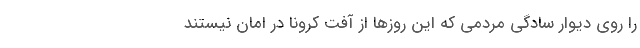
را روی دیوار سادگی مردمی که این روز‌ها از آفت کرونا در امان نیستند